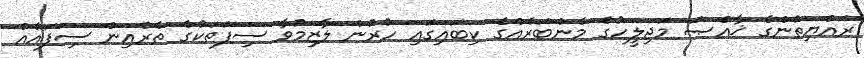
ރައްޔިތުންގެ ޚާއްޞަ މަޖިލީހުގެ މެންބަރެއްގެ ކިބައިގައި ހުރުން ލާޒިމުވާ ސިފަތަކުގެ ތެރެއިން ސިފައެއް